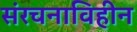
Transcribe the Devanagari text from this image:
संरचनाविहीन